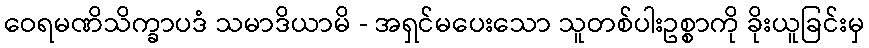
ဝေရမဏိသိက္ခာပဒံ သမာဒိယာမိ - အရှင်မပေးသော သူတစ်ပါးဥစ္စာကို ခိုးယူခြင်းမှ